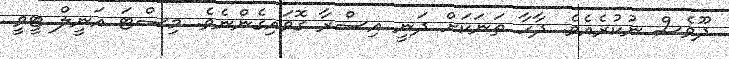
ދޫވެސް ނުކުރެއެވެ. ދާހާ ތަނަކަށް ދަނީ އިސްރާ ގޮވައިގެންނެވެ. މިސްޓަ އަނީލް ޓީވީ